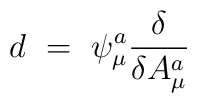
d \ = \ \psi^a_\mu  { \delta \over \delta A^a_\mu }